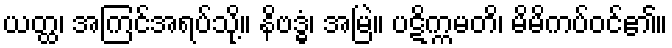
ယတ္ထ၊ အကြင်အရပ်သို့။ နိဗဒ္ဓံ၊ အမြဲ။ ပဋိက္ကမတိ၊ မိမိကပ်ဝင်၏။